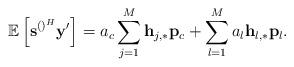
LaTeX: \begin{align*} \mathbb{E}\left[\mathbf{s}^{\left(\right)^H}\mathbf{y}'\right]=a_c\sum_{j=1}^{M}\mathbf{h}_{j,*}\mathbf{p}_c+\sum_{l=1}^M a_l \mathbf{h}_{l,*}\mathbf{p}_l.\end{align*}